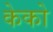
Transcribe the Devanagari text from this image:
केको